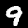
Digit: 9